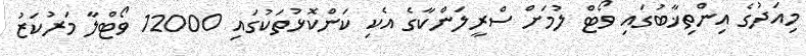
މިއަދުގެ އިންތިޚާބުގައި ވޯޓް ލުމަށް ސްރީލަންކާގެ އެކި ކަންކޮޅުތަކުގައި 12000 ވޯޓްލާ މަރުކަޒު